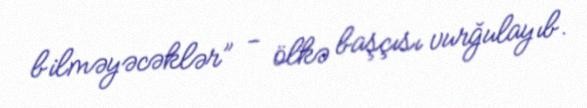
bilməyəcəklər” - ölkə başçısı vurğulayıb.